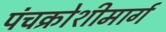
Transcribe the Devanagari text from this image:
पंचक्रोशीमार्ग